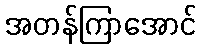
အတန်ကြာအောင်